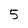
Character: 5